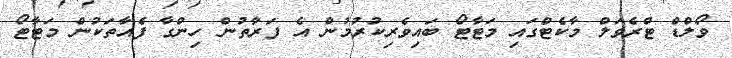
ވޯލްޑް ޓްރެވަލް މާކެޓްގައި މަޓާޓޯ ބައިވެރިކުރުމުން އެ ފަރާތުން ހިންގާ ފެއާތަކުން މަޓާޓޯ